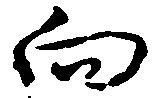
向